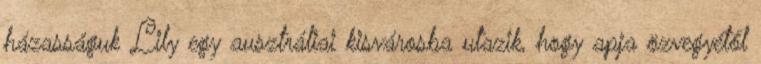
házasságuk Lily egy ausztráliai kisvárosba utazik, hogy apja özvegyétől